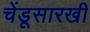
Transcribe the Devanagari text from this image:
चेंडूसारखी